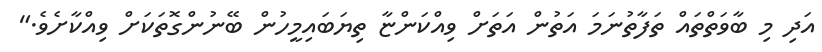
އަދި މި ބާވަތްތައް ތަފާތުނަމަ އަތުން އަތަށް ވިއްކަންޏާ ތިޔަބައިމީހުން ބޭނުންގޮތަކަށް ވިއްކާށެވެ."